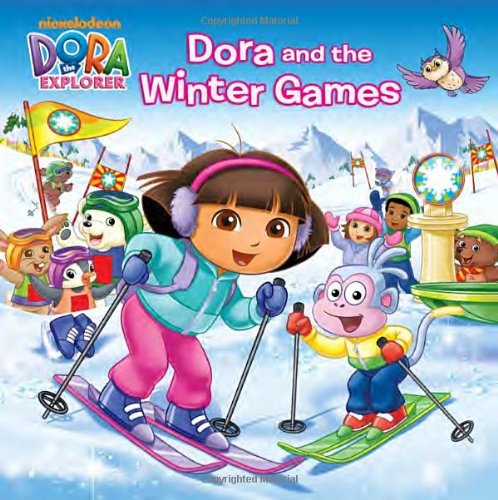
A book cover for Dora and the Winter Games (Dora the Explorer) (Pictureback(R)); Martha T. Ottersley; Children's Books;